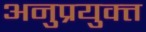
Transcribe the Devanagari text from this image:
अनुप्रयुक्त्त